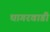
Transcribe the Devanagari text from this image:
घागरवाडी